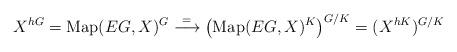
LaTeX: \begin{align*}X^{hG} = \mathrm{Map}(EG, X)^G \overset{=}{\longrightarrow} \bigl(\mathrm{Map}(EG, X)^K\bigr)^{G/K} = (X^{hK})^{G/K}\end{align*}